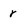
Character: r